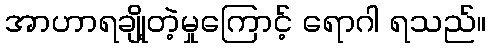
အာဟာရချို့တဲ့မှုကြောင့် ရောဂါ ရသည်။